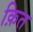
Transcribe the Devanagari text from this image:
क़ित